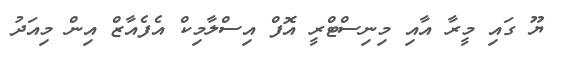
ޔޫ ގައި މީރާ އާއި މިނިސްޓްރީ އޮފް އިސްލާމިކް އެފެއާޒް އިން މިއަދު